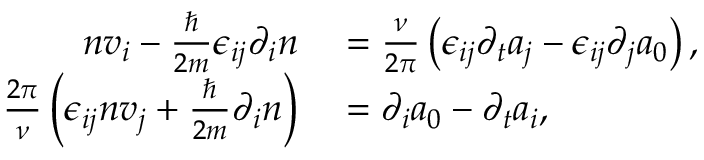
\begin{array} { r l } { n v _ { i } - \frac { \hbar } { 2 m } \epsilon _ { i j } \partial _ { i } n } & { { } = \frac { \nu } { 2 \pi } \left( \epsilon _ { i j } \partial _ { t } a _ { j } - \epsilon _ { i j } \partial _ { j } a _ { 0 } \right) , } \\ { \frac { 2 \pi } { \nu } \left( \epsilon _ { i j } n v _ { j } + \frac { \hbar } { 2 m } \partial _ { i } n \right) } & { { } = \partial _ { i } a _ { 0 } - \partial _ { t } a _ { i } , } \end{array}